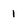
Character: 1